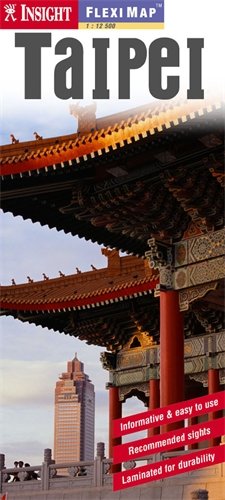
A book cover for Insight Flexi Map: Taipei (Insight Flexi Maps); *             ; Travel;